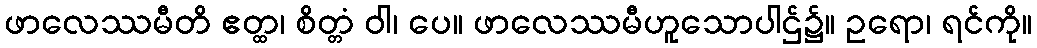
ဖာလေဿမီတိ ဧတ္ထ၊ စိတ္တံ ဝါ၊ ပေ။ ဖာလေဿမီဟူသောပါဌ်၌။ ဥရော၊ ရင်ကို။